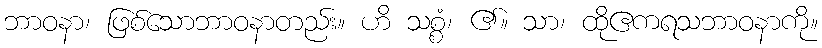
ဘာဝနာ၊ ဖြစ်သောဘာဝနာတည်း။ ဟိ သစ္စံ၊ ၏။ သာ၊ ထိုဧကရသဘာဝနာကို။